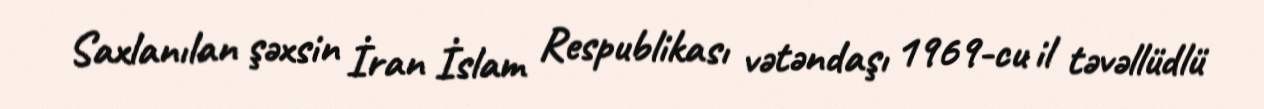
Saxlanılan şəxsin İran İslam Respublikası vətəndaşı 1969-cu il təvəllüdlü